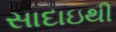
સાદાઇથી